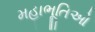
મહાભૂતિઓ